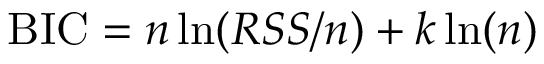
\mathrm { B I C } = n \ln ( R S S / n ) + k \ln ( n )